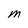
Character: M